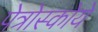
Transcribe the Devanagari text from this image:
पेत्रोस्कोये